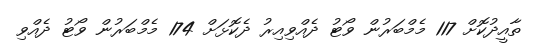
ތާއީދުކޮށް 117 މެމްބަރުން ވޯޓު ދެއްވިއިރު ދެކޮޅަށް 174 މެމްބަރުން ވޯޓު ދެއްވި